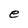
Character: e